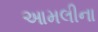
આમલીના